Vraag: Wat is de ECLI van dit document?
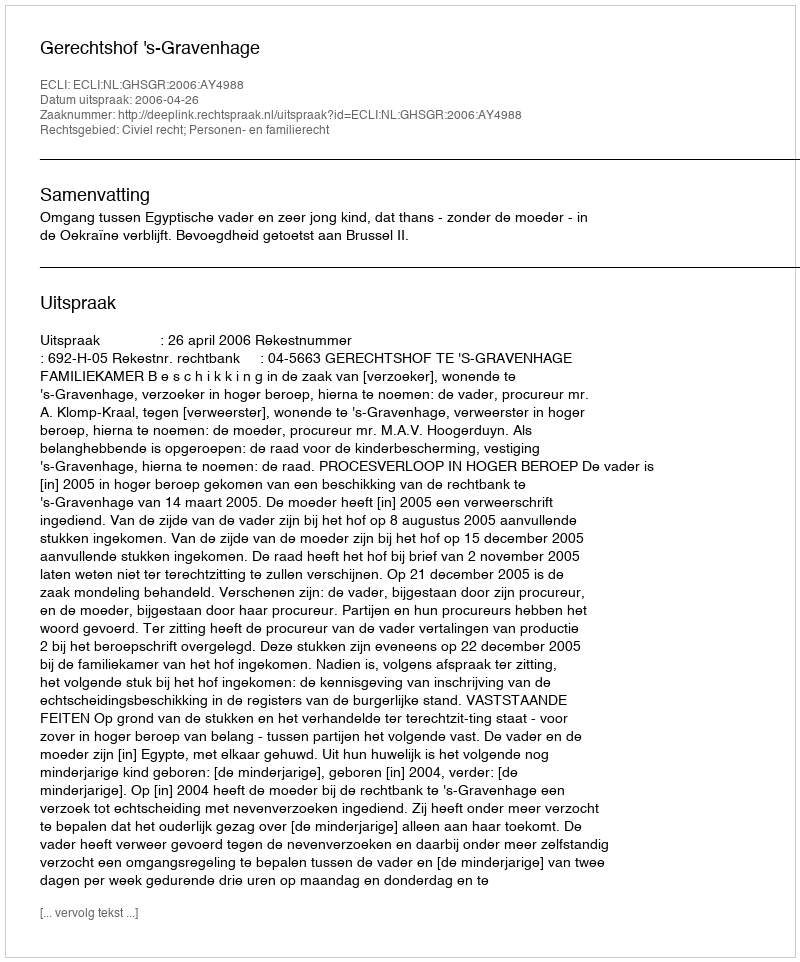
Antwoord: ECLI:NL:GHSGR:2006:AY4988